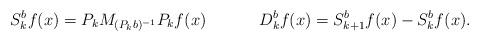
LaTeX: \begin{align*}&S_k^bf(x)=P_kM_{(P_kb)^{-1}}P_kf(x)& && &D_k^bf(x)=S_{k+1}^bf(x)-S_k^bf(x).&\end{align*}